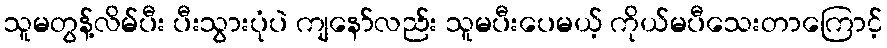
သူမတွန့်လိမ်ပီး ပီးသွားပုံပဲ ကျနော်လည်း သူမပီးပေမယ့် ကိုယ်မပီသေးတာကြောင့်